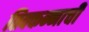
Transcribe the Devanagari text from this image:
तिक्कन्नाची